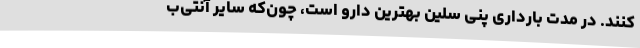
کنند. در مدت بارداری پنی سلین بهترین دارو است، چون‌که سایر آنتی‌ب